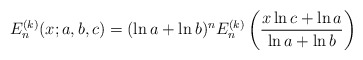
\begin{align*}{E}^{(k)}_n(x;a,b,c)=(\ln a+\ln b)^n{E}^{(k)}_n\left(\frac{x\ln c+\ln a}{\ln a+\ln b}\right)\end{align*}